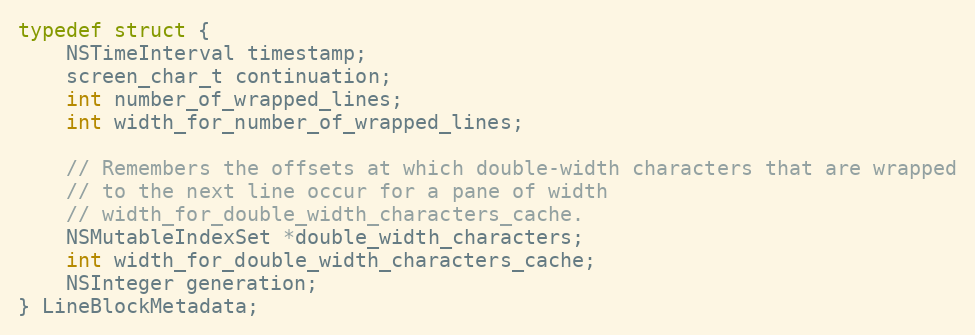
Language: C
typedef struct {
    NSTimeInterval timestamp;
    screen_char_t continuation;
    int number_of_wrapped_lines;
    int width_for_number_of_wrapped_lines;

    // Remembers the offsets at which double-width characters that are wrapped
    // to the next line occur for a pane of width
    // width_for_double_width_characters_cache.
    NSMutableIndexSet *double_width_characters;
    int width_for_double_width_characters_cache;
    NSInteger generation;
} LineBlockMetadata;